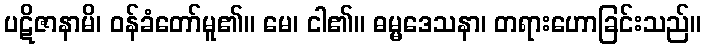
ပဋိဇာနာမိ၊ ဝန်ခံတော်မူ၏။ မေ၊ ငါ၏။ ဓမ္မဒေသနာ၊ တရားဟောခြင်းသည်။